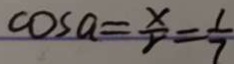
\cos a = \frac { x } { y } = \frac { 1 } { 7 }